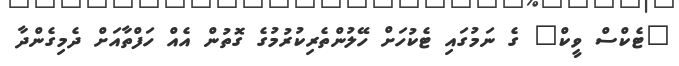
"ޓެކްސް ވީކް" ގެ ނަމުގައި ޓެކުހަށް ހޭލުންތެރިކުރުމުގެ ގޮތުން އެއް ހަފްތާއަށް ދެމިގެންދާ